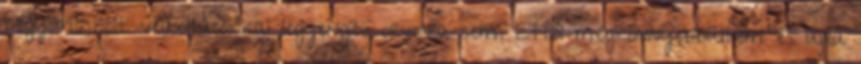
begyömöszölt védõoltásokkal legyengítõ orvosra sem. Ettõl megkönnyebbültem és újra